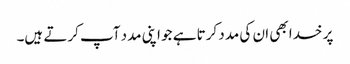
پر خدا بھی ان کی مدد کرتا ہے جو اپنی مدد آپ کرتے ہیں۔